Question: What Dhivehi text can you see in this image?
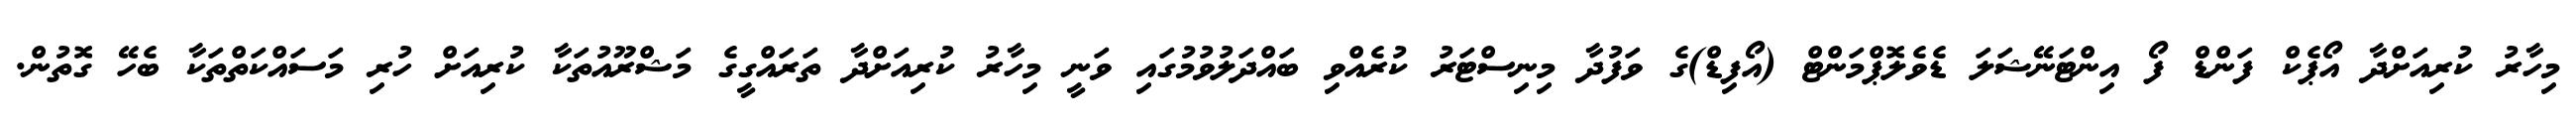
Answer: މިހާރު ކުރިއަށްދާ އޯޕެކް ފަންޑް ފޯ އިންޓަނޭޝަލަ ޑެވެލޮޕްމަންޓް (އޯފިޑް)ގެ ވަފުދާ މިނިސްޓަރު ކުރެއްވި ބައްދަލުވުމުގައި ވަނީ މިހާރު ކުރިއަށްދާ ތަރައްގީގެ މަޝްރޫއުތަކާ ކުރިއަށް ހުރި މަސައްކަތްތަކާ ބެހޭ ގޮތުން.